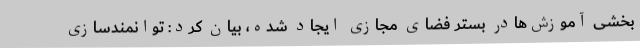
بخشی آموزش‌هادر بستر فضای مجازی ایجاد شده، بیان کرد: توانمندسازی